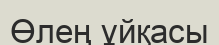
Өлең ұйқасы